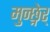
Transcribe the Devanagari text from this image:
मुन्छ्नेर्